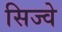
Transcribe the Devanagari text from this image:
सिज्वे